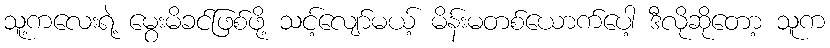
သူ့ကလေးရဲ့ မွေးမိခင်ဖြစ်ဖို့ သင့်လျော်မယ့် မိန်းမတစ်ယောက်ပေါ့ ဒီလိုဆိုတော့ သူက